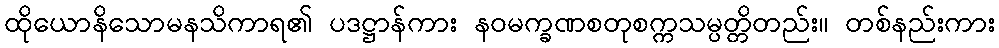
ထိုယောနိသောမနသိကာရ၏ ပဒဋ္ဌာန်ကား နဝမက္ခဏစတုစက္ကသမ္ပတ္တိတည်း။ တစ်နည်းကား